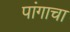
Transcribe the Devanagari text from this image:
पांगाचा